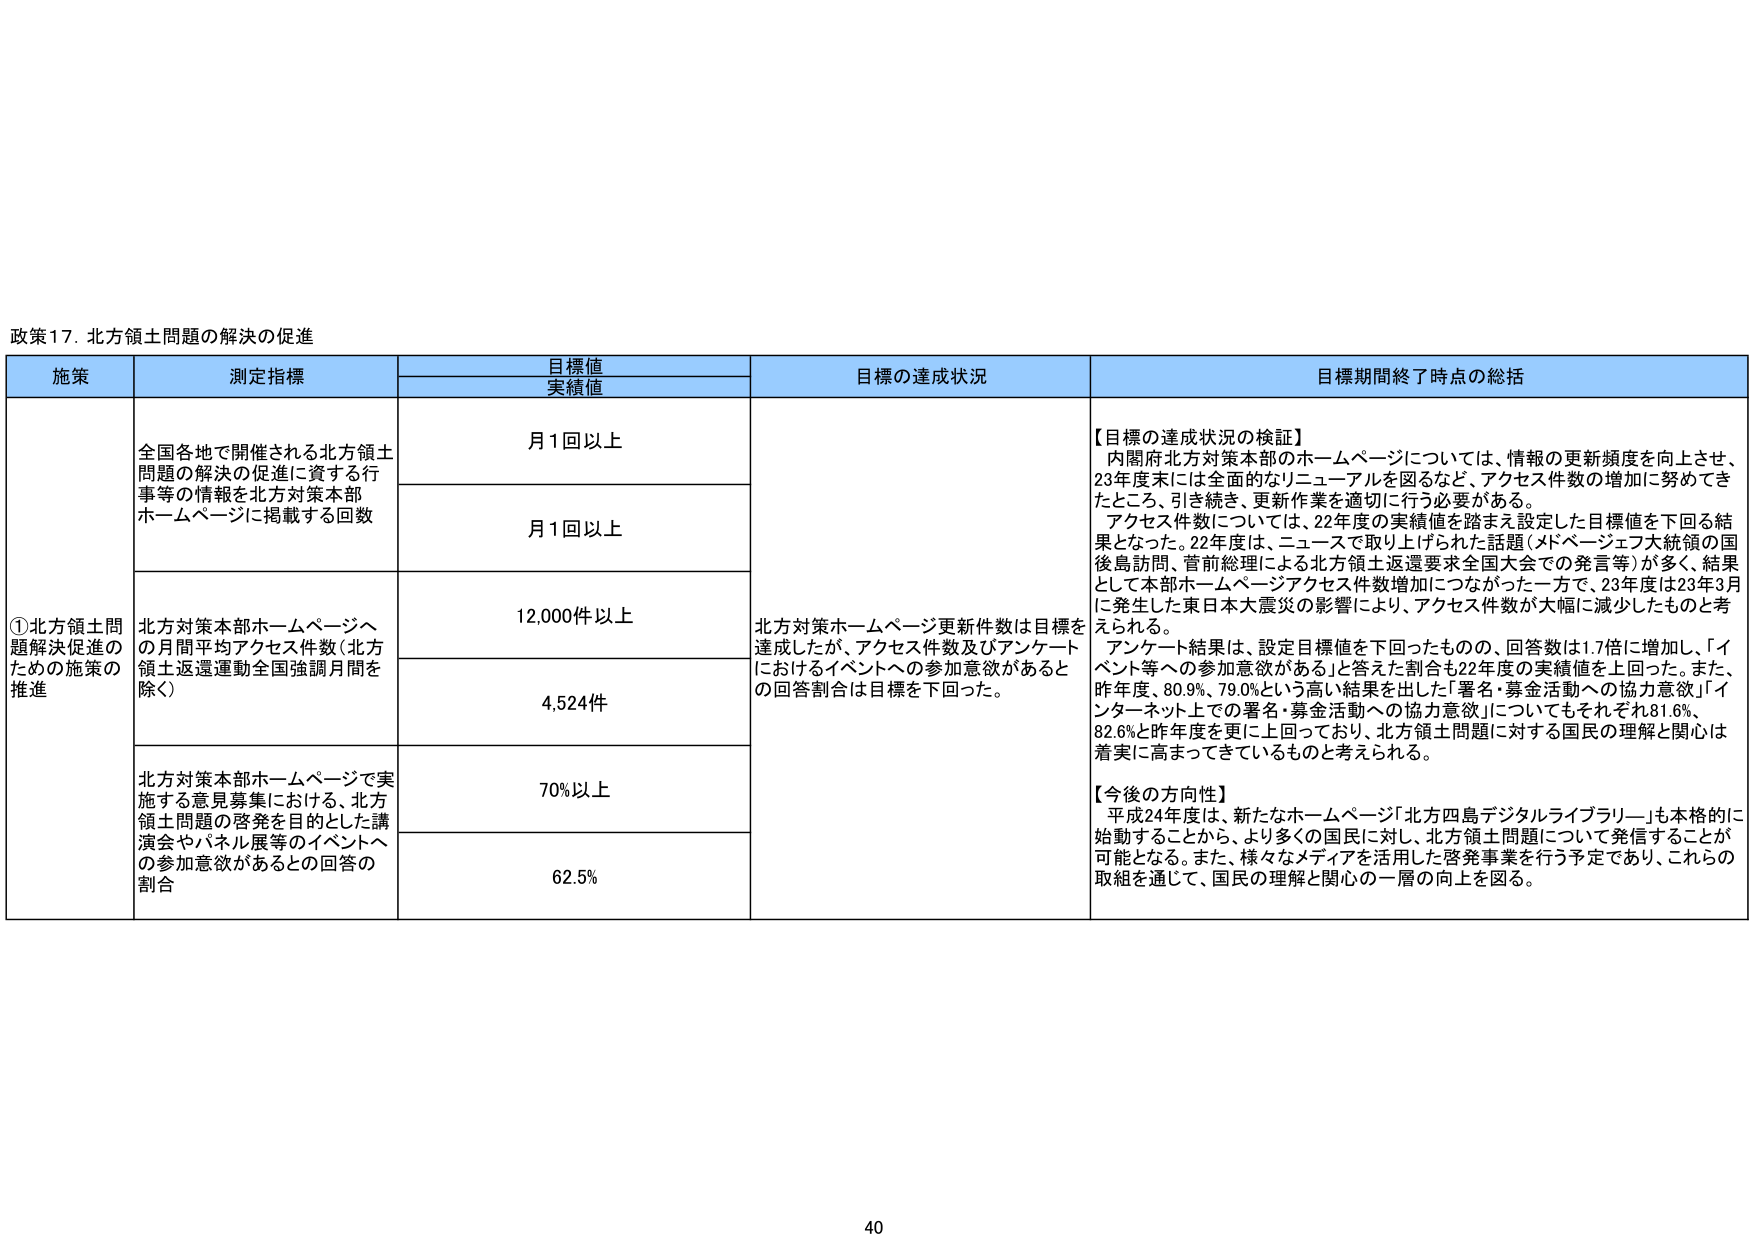
政策17. 北方領土問題の解決の促進

施策	測定指標	目標値 実績値	目標の達成状況	目標期間終了時点の総括
①北方領土問題解決促進のための施策の推進	全国各地で開催される北方領土問題の解決の促進に資する行事等の情報を北方対策本部ホームページに掲載する回数	月1回以上	北方対策ホームページ更新件数は目標を達成したが、アクセス件数及びアンケートにおけるイベントへの参加意欲があるとの回答割合は目標を下回った。	【目標の達成状況の検証】 内閣府北方対策本部のホームページについては、情報の更新頻度を向上させ、23年度末には全面的なリニューアルを図るなど、アクセス件数の増加に努めてきたところ、引き続き、更新作業を適切に行う必要がある。 アクセス件数については、22年度の実績値を踏まえ設定した目標値を下回る結果となった。22年度は、ニュースで取り上げられた話題（メドベージェフ大統領の国後島訪問、菅前総理による北方領土返還要求全国大会での発言等）が多く、結果として本部ホームページアクセス件数増加につながった一方で、23年度は23年3月に発生した東日本大震災の影響により、アクセス件数が大幅に減少したものと考えられる。 アンケート結果は、設定目標値を下回ったものの、回答数は1.7倍に増加し、「イベント等への参加意欲がある」と答えた割合も22年度の実績値を上回った。また、昨年度、80.9%、79.0%という高い結果を出した「署名・募金活動への協力意欲」「インターネット上での署名・募金活動への協力意欲」についてもそれぞれ81.6%、82.6%と昨年度を更に上回っており、北方領土問題に対する国民の理解と関心は着実に高まっているものと考えられる。 【今後の方針性】 平成24年度は、新たなホームページ「北方四島デジタルライブラリー」も本格的に始動することから、より多くの国民に対し、北方領土問題について発信することが可能となる。また、様々なメディアを活用した啓発事業を行う予定であり、これらの取組を通じて、国民の理解と関心の一層の向上を図る。
		月1回以上
	北方対策本部ホームページへの月間平均アクセス件数（北方領土返還運動全国強調月間を除く）	12,000件以上
		4,524件
	北方対策本部ホームページで実施する意見募集における、北方領土問題の啓発を目的とした講演会やパネル展等のイベントへの参加意欲があるとの回答の割合	70%以上
		62.5%

40